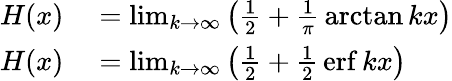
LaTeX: \begin{array}{rl}{H(x)}&{{}=\operatorname*{lim}_{k\rightarrow\infty}\left({\frac{1}{2}}+{\frac{1}{\pi}}\arctan kx\right)}\\ {H(x)}&{{}=\operatorname*{lim}_{k\rightarrow\infty}\left({\frac{1}{2}}+{\frac{1}{2}}\operatorname{erf}kx\right)}\end{array}